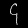
Digit: ၄